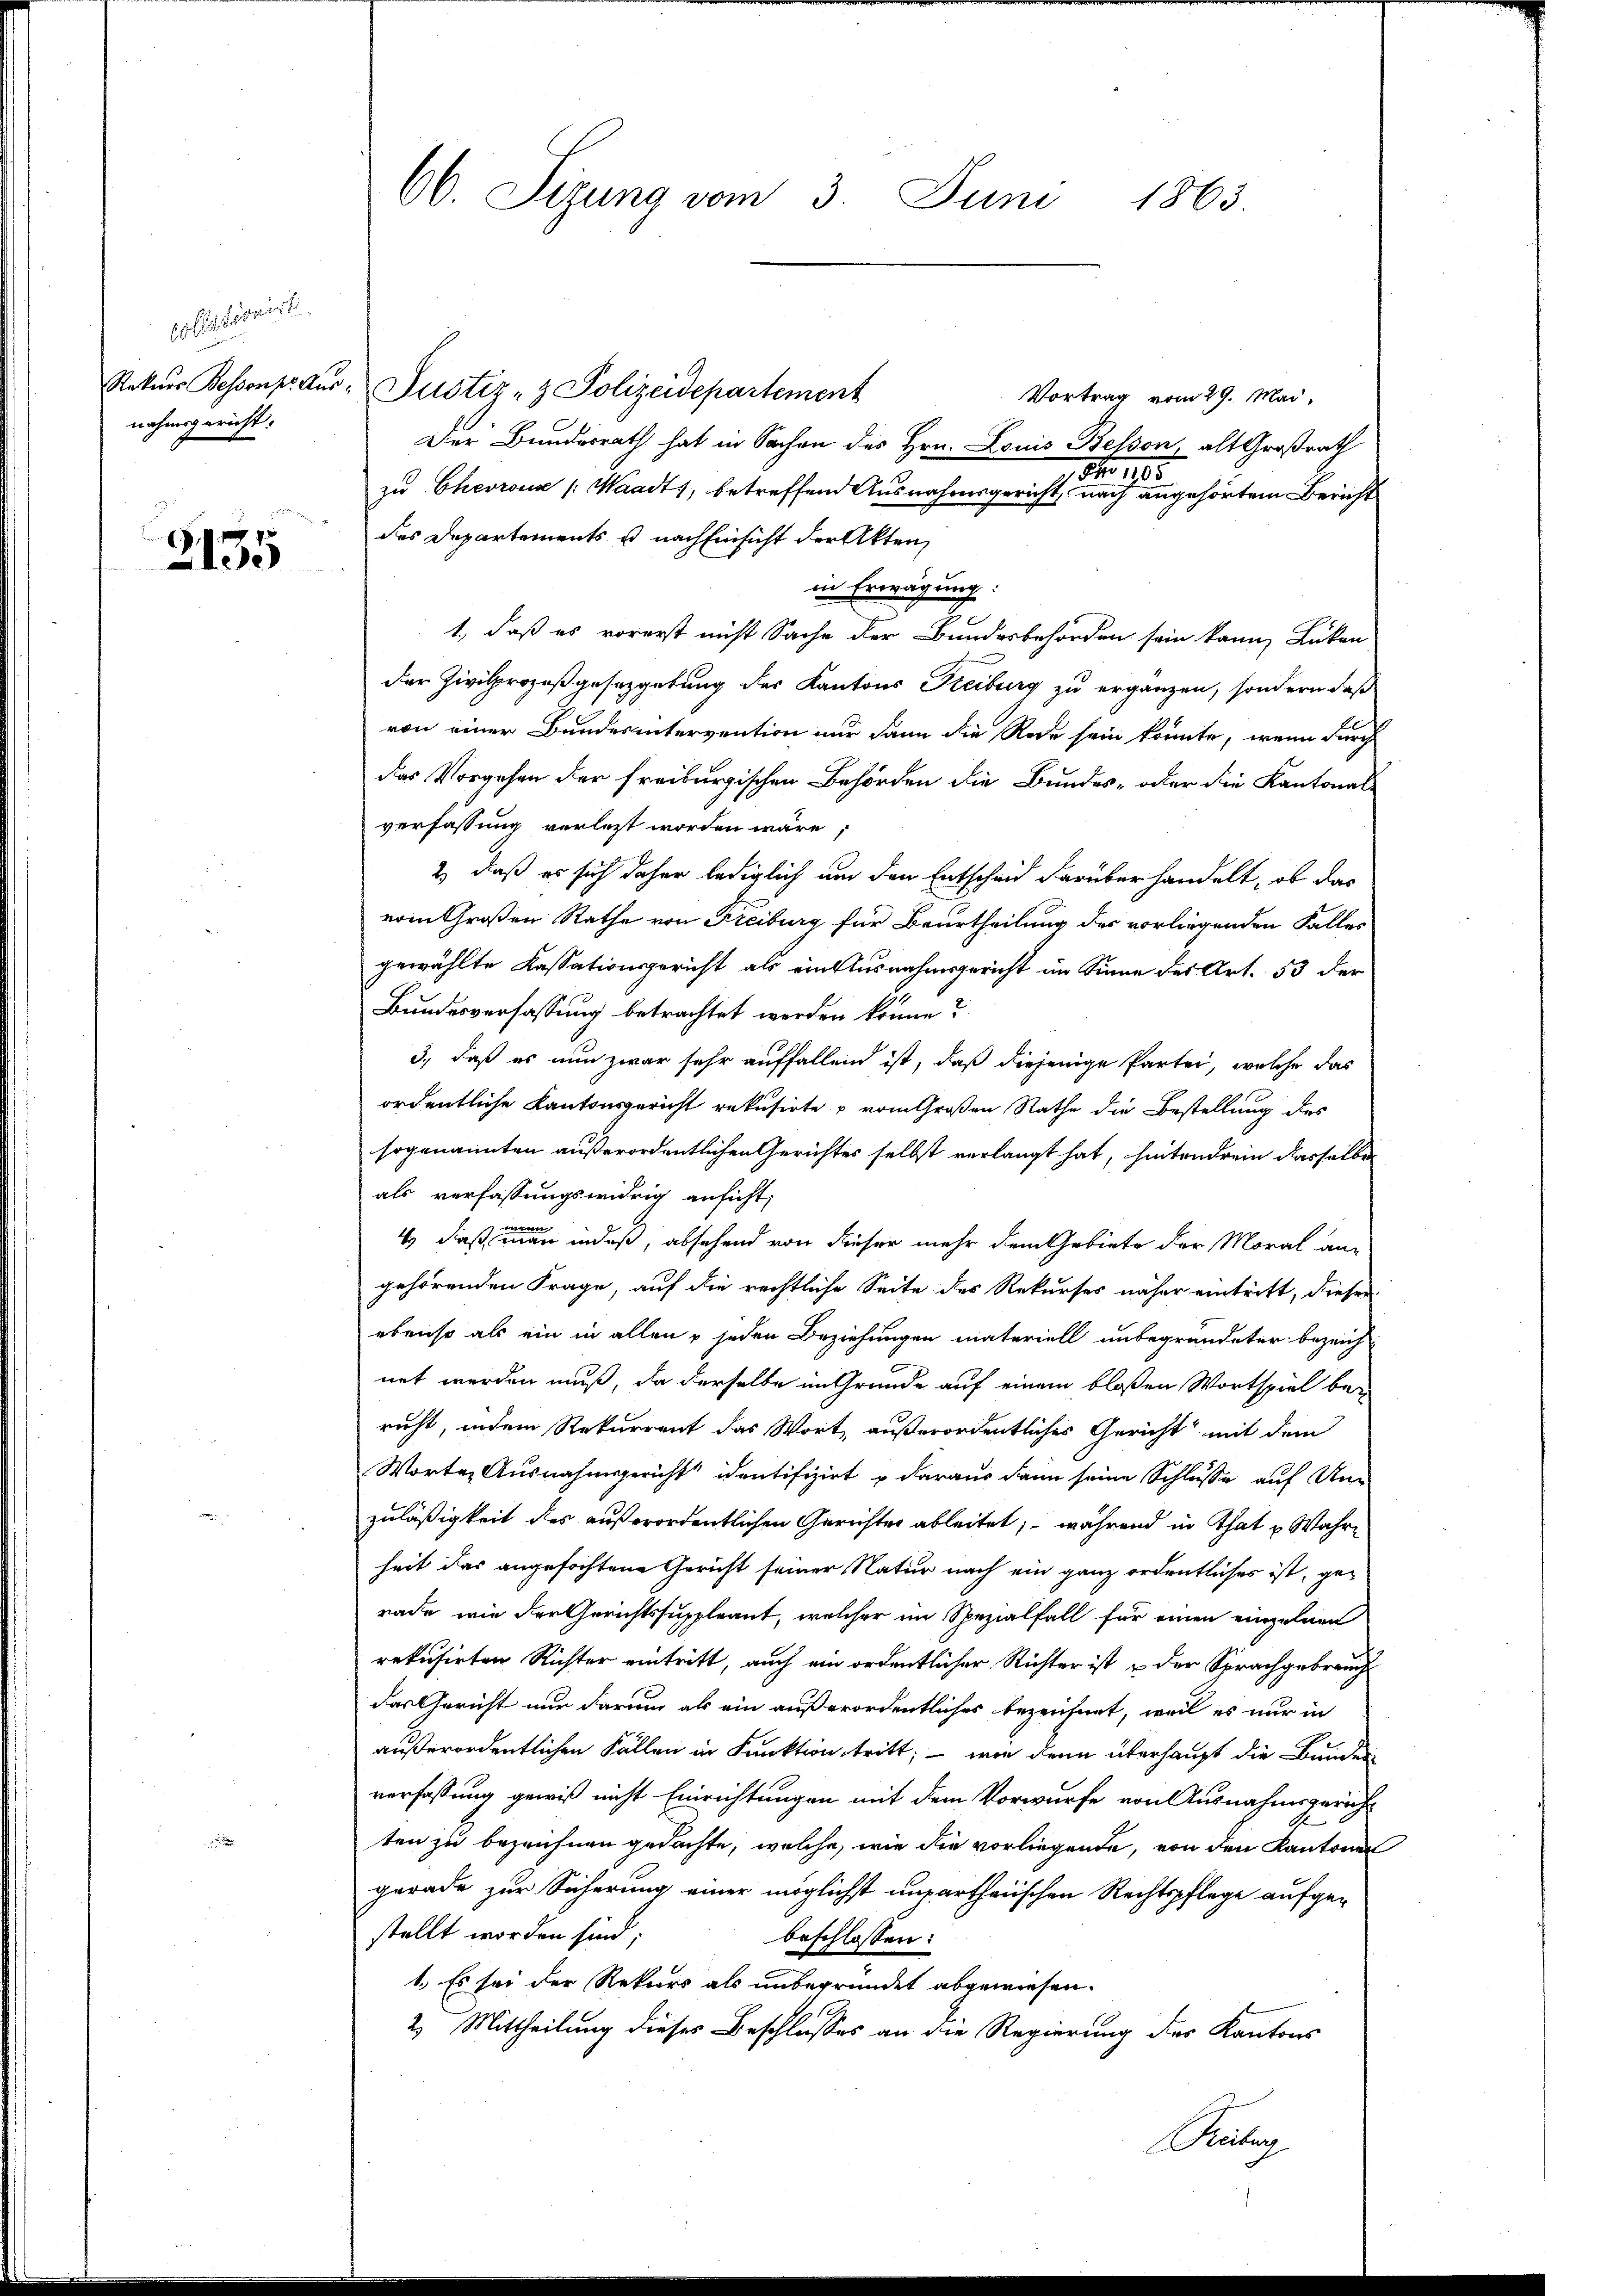
pollationist
nahmsgericht:

7
2130

Rekŭrs Bestorp. aŭs- Justiz- & Polizeidepartement
Vortrag vom 29. Mai,
Der Bundesrath hat in Sachen des Hrn. Louis Bessen, alt Großrath
 No 105
zu Chevrous /: Waadt, betreffend Ausnahmsgericht nach angehörtem Bericht
des Departements es nach Einsicht der Akten,
in Erwägung.
1., daß es vorerst nicht Sache der Bundesbehörden sein kann, Lucken
der Zivilprozeßgesetzgebung des Kantons Freiburg zu ergänzen, sondern daß
von einer Bundesintervention nur dann die Rede sein könnte, wenn durch
das Vorgehen der freiburgischen Behörden die Bundes- oder die Kantonal-
verfassung verletzt worden wäre;
2.) daß es sich daher lediglich und den Entscheid darüber handelt, ob das
vom Großen Rathe von Freiburg für Beurtheilung des vorliegenden Falles
gewählte Kassationsgericht als ein Ausnahmsgericht im Sinne der Art. 53 der
Bundesverfassung betrachtet werden könne?
3., daß es nun zwar sehr auffallend ist, daß diejenige Partei, welche das
ordentliche Kantonsgericht rekusirte u vom Großen Rathe die Bestellung des
sogenannten außerordentlichen Gerichtes selbst verlangt hat, hintendrein dasselben
als verfassungswidrig ansicht,
4 daß er einen in daß, absehend von dieser mehr dem Gebiete der Moral an-
gehörenden Frage, auf die rechtliche Seite des Rekurses näher eintritt, dieser
ebenso als ein in allen & jeden Beziehungen materiell unbegründeter bezeich
net werden muß, da derselbe im Grunde auf einem bloßen Wortspiel berucht, indem Rekurrent das Wort, außerordentliches Gericht mit dem
Worten Ausnahmsgericht identifizirt u daraus dann seine Schlusse auf Unzuläßigkeit des außerordentlichen Gerichtes ableitet; – während in That u Wahre
heit das angefochtene Gericht seiner Natur nach ein ganz ordentliches ist, gerade wie der Gerichtssuppleant, welcher im Spezialfall für einen einzelnen
rekusirten Richter eintritt, auch ein ordentlicher Richter ist u der Sprachgebrauch
das Gericht nur darum als ein außerordentliches bezeichnet, weil es nur in
außerordentlichen Fällen in Funktion tritt; — wie denn überhaupt die Bunde
verfassung gewiß nicht Einrichtungen mit dem Vorwurfe von Ausnahmsgericht
ten zu bezeichnen gedachte, welche, wie die vorliegende, von den Kantonen
gerade zur Sicherung einer möglichst unpartheiischen Rechtspflege aufgestellt worden sind;
beschlossen:
1.) Es sei der Rektors als unbegründet abgewiesen.
2) Mittheilung dieses Beschlusses an die Regierung des Kantons

66. Sizung vom 3. Juni 1863.